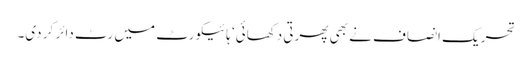
تحریک انصاف نے بھی پھرتی دکھائی‘ ہائیکورٹ میں رٹ دائر کر دی۔